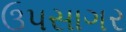
ઉપસાગર